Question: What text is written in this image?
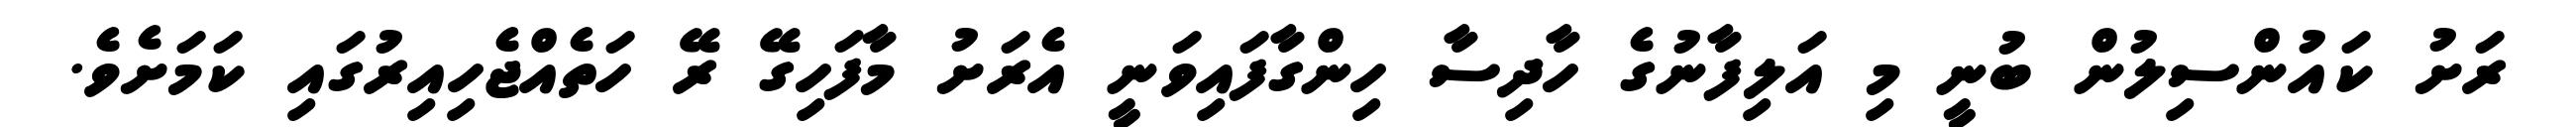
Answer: ރަށު ކައުންސިލުން ބުނީ މި އަލިފާނުގެ ހާދިސާ ހިންގާފައިވަނީ އެރަށު މާފަހިގޭ ރޭ ހަތެއްޖެހިއިރުގައި ކަމަށެވެ.